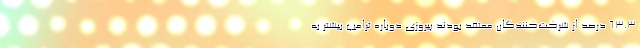
63.3 درصد از شرکت‌کنندگان معتقد بودند پیروزی دوباره ترامپ بیشتر به